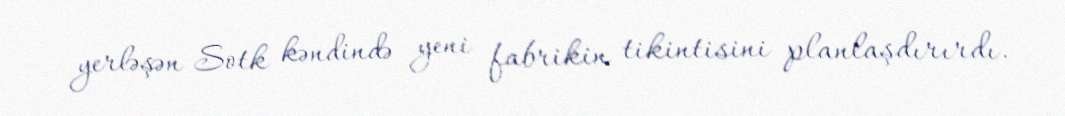
yerləşən Sotk kəndində yeni fabrikin tikintisini planlaşdırırdı.